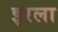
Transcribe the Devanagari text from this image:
इरला